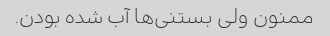
ممنون ولی بستنی‌ها آب شده بودن.